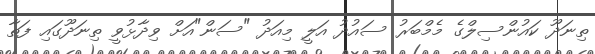
ތިނަދޫ ކައުންސިލްގެ މެމްބަރު ސައުދު އަލީ މިއަދު "ސަން"އަށް ވިދާޅުވީ ތިނަދޫގައި ފަތާ